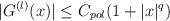
LaTeX: \begin{align*} |G^{(l)}(x)| \le C_{pol} (1+|x|^{q}) \end{align*}